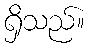
ရှိသည်။